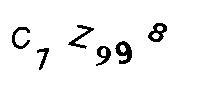
C1Z998